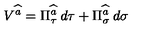
V ^ { \widehat { a } } = \Pi _ { \tau } ^ { \widehat { a } } \: d \tau + \Pi _ { \sigma } ^ { \widehat { a } } \: d \sigma